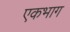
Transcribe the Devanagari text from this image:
एकभाग